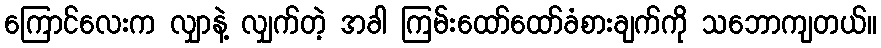
ကြောင်လေးက လျှာနဲ့ လျှက်တဲ့ အခါ ကြမ်းထော်ထော်ခံစားချက်ကို သဘောကျတယ်။